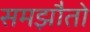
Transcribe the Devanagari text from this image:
समझौतो